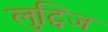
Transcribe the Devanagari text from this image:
लुट्विज